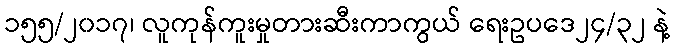
၁၅၅/၂၀၁၇၊ လူကုန်ကူးမှုတားဆီးကာကွယ် ရေးဥပဒေ၂၄/၃၂ နဲ့